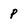
Character: P